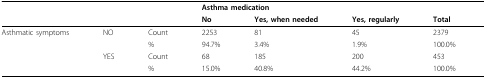
|  |  |  | <COLSPAN=4> Asthma medication |
 |  |  |  | No | Yes, when needed | Yes, regularly | Total |
 | --- | --- | --- | --- | --- | --- | --- |
 | Asthmatic symptoms | NO | Count | 2253 | 81 | 45 | 2379 |
 |  |  | % | 94.7% | 3.4% | 1.9% | 100.0% |
 |  | YES | Count | 68 | 185 | 200 | 453 |
 |  |  | % | 15.0% | 40.8% | 44.2% | 100.0% |